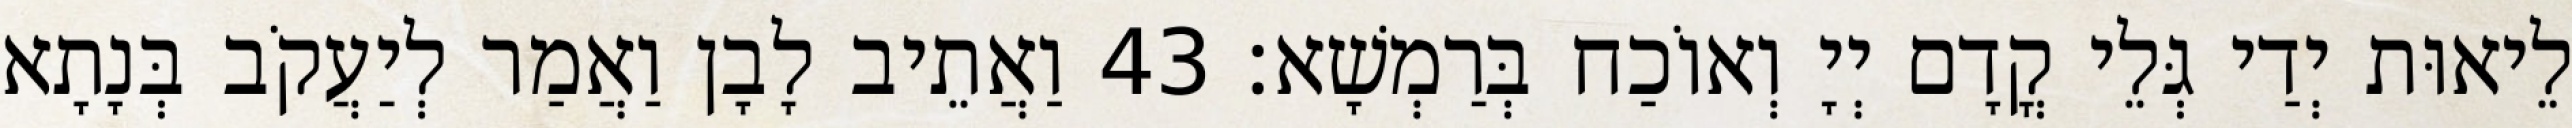
לֵיאוּת יְדַי גְּלֵי קֳדָם יְיָ וְאוֹכַח בְּרַמְשָׁא׃ 43 וַאֲתֵיב לָבָן וַאֲמַר לְיַעֲקֹב בְּנָתָא